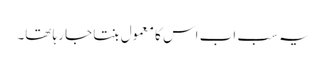
یہ سب اب اس کا معمول بنتا جا رہا تھا۔